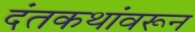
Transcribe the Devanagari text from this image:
दंतकथांवरून